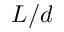
L / d